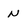
Character: N